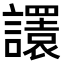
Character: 𧭴